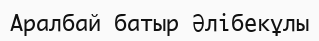
Аралбай батыр Әлібекұлы